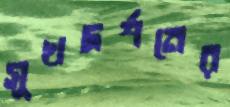
সুখদর্শনের